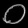
Digit: ၀